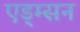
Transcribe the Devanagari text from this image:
एड्म्सन